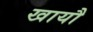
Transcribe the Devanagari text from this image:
खायौ